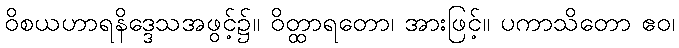
ဝိစယဟာရနိဒ္ဒေသအဖွင့်၌။ ဝိတ္ထာရတော၊ အားဖြင့်။ ပကာသိတော ဧဝ၊